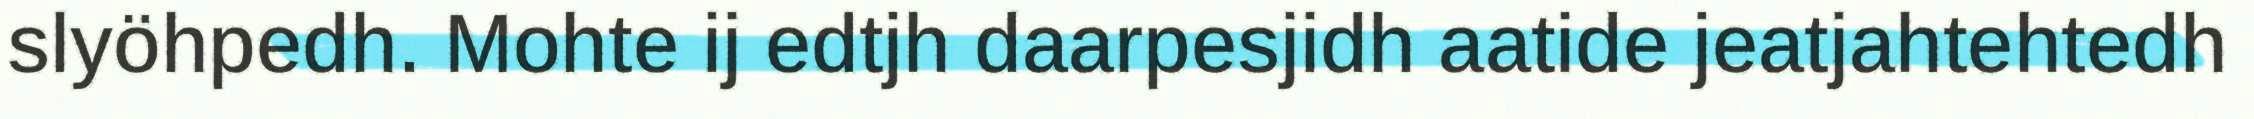
slyöhpedh. Mohte ij edtjh daarpesjidh aatide jeatjahtehtedh